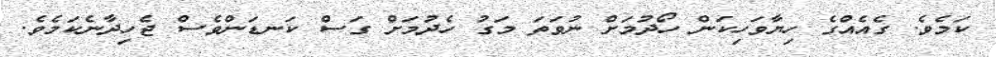
ކަމެވެ. ގެއެއްގެ ހިޔާވަހިކަން ހޯދުމަށް ނުވަތަ މަގު ހެދުމަށް ގަސް ކަނޑަންވެސް ޖެހިދާނެކަމެވެ.